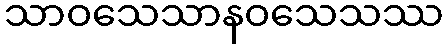
သာဝသေသာနဝသေသဿ